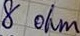
Text: 8 ohm